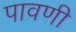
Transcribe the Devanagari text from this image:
पावणी